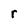
Character: r